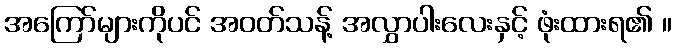
အကြော်များကိုပင် အဝတ်သန့် အလွှာပါးလေးနှင့် ဖုံးထားရ၏ ။